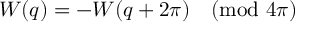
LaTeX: W ( q ) = - W ( q + 2 \pi ) \pmod { 4 \pi }